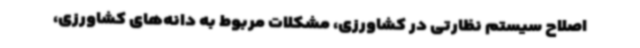
اصلاح سیستم نظارتی در کشاورزی، مشکلات مربوط به دانه‌های کشاورزی،